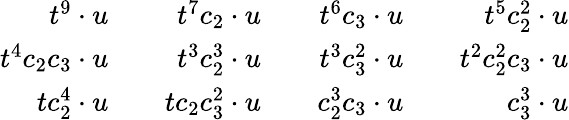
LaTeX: \begin{array}{rlrlrlr}{t^{9}\cdot u}&{}&{t^{7}c_{2}\cdot u}&{}&{t^{6}c_{3}\cdot u}&{}&{t^{5}c_{2}^{2}\cdot u}\\ {t^{4}c_{2}c_{3}\cdot u}&{}&{t^{3}c_{2}^{3}\cdot u}&{}&{t^{3}c_{3}^{2}\cdot u}&{}&{t^{2}c_{2}^{2}c_{3}\cdot u}\\ {tc_{2}^{4}\cdot u}&{}&{tc_{2}c_{3}^{2}\cdot u}&{}&{c_{2}^{3}c_{3}\cdot u}&{}&{c_{3}^{3}\cdot u}\end{array}